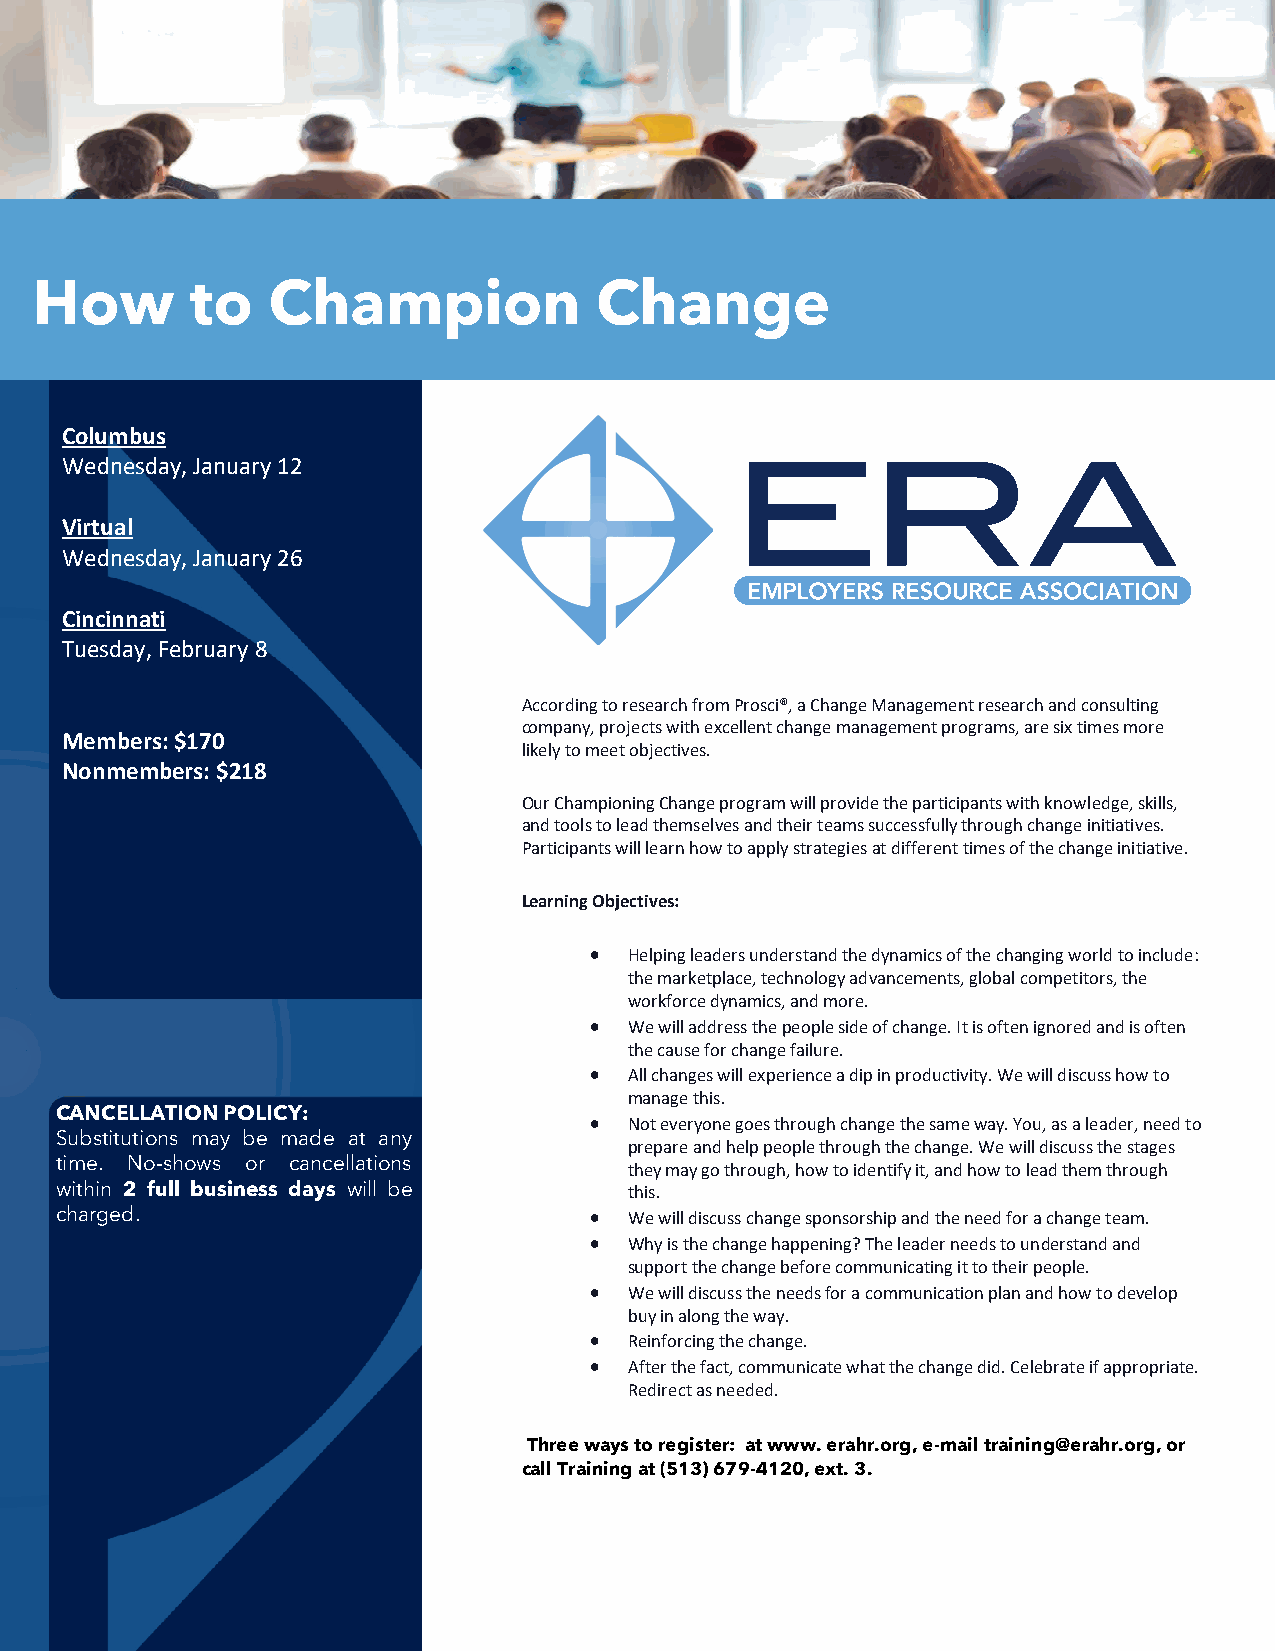
How        to   Champion             Change
 Columbus
 Wednesday, January 12
 Virtual
 Wednesday, January 26
 Cincinnati
 Tuesday, February 8
 According to research from Prosci®, a Change Management research and consulting
 company, projects with excellent change management programs, are six times more
 Members: $170
 likely to meet objectives.
 Nonmembers: $218
 Our Championing Change pro gram will provide the participants with knowledge, skills,
 and tools to lead themselves and their teams successfully through change initiatives.
 Participants will learn how to apply strategies at different times of the change initiative.
 Learning Objectives:
 •  Helping leaders understand the dynamics of the changing world to include:
 the marketplace, technology advancements, global competitors, the
 workforce dynamics, and more.
 •  We will address the people side of change. It is often ignored and is often
 the cause for change failure.
 •  All changes will experience a dip in productivity. We will discuss how to
 manage this.
 CANCELLATION POLICY:
 •  Not everyone goes through change the same way. You, as a leader, need to
 Substitutions may be made at any
 prepare and help people through the change. We will discuss the stages
 time. No-shows or cancellations
 they may go through, how to identify it, and how to lead them through
 within 2 full business days will be   this.
 charged.                           •  We will discuss change sponsorship and the need for a change team.
 •  Why is the change happening? The leader needs to understand and
 support the change before communicating it to their people.
 •  We will discuss the needs for a communication plan and how to develop
 buy in along the way.
 •  Reinforcing the change.
 •  After the fact, communicate what the change did. Celebrate if appropriate.
 Redirect as needed.
 Three ways to register: at www. erahr.org, e-mail training@erahr.org, or
 call Training at (513) 679-4120, ext. 3.